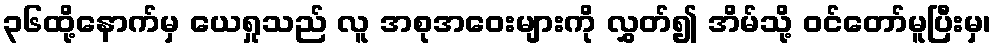
၃၆ထို့နောက်မှ ယေရှုသည် လူ အစုအဝေးများကို လွှတ်၍ အိမ်သို့ ဝင်တော်မူပြီးမှ၊